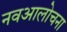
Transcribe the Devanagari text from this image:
नवआलोचना